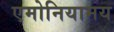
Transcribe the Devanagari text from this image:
एमोनियामय